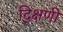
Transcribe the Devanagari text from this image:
द्क्षिणी